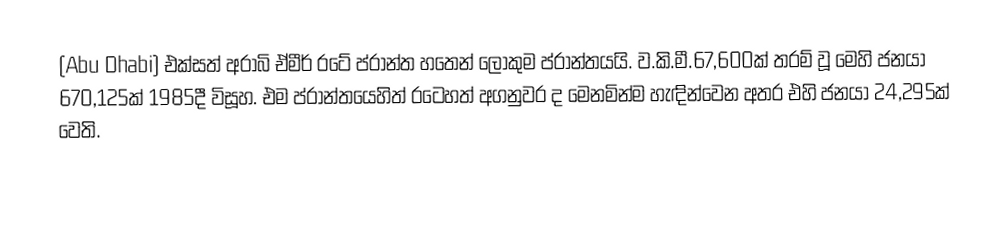
(Abu Dhabi) එක්සත් අරාබි ඒමීර් රටේ ප්රාන්ත හතෙන් ලොකුම ප්රාන්තයයි. ව.කි.මී.67,600ක් තරම් වූ මෙහි ජනයා 670,125ක් 1985දී විසූහ. එම ප්රාන්තයෙහිත් රටෙහත් අගනුවර ද මෙනමින්ම හැඳින්වෙන අතර එහි ජනයා 24,295ක් වෙති.